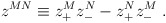
\begin{align*}z^{MN}\equiv z_{+}^{M}z_{-}^{N} - z_{+}^{N} z_{-}^{M}\ . \end{align*}